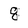
Character: 8